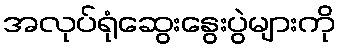
အလုပ်ရုံဆွေးနွေးပွဲများကို